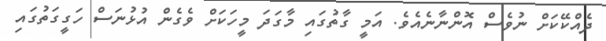
ދެއްކޭކަށް ނުވެސް އޮންނާނެއެވެ. އަމީ ގާތުގައި މާގަދަ މީހަކަށް ވެގެން އުޅުނަސް ހަގީގަތުގައި